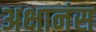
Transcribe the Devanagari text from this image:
अक्षानंस